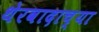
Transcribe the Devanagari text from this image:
थेरवादाच्या